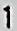
1